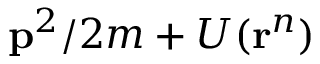
\mathbf { p } ^ { 2 } / 2 m + U ( \mathbf { r } ^ { n } )